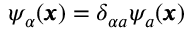
\psi _ { \alpha } ( { \pmb x } ) = \delta _ { \alpha a } \psi _ { a } ( { \pmb x } )